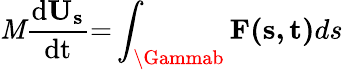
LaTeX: \mathit{M}\frac{{{\mathrm{{{d}}}{{\mathbf{{U}}}_{\mathbf{{s}}}}}}}{{{\mathrm{{{dt}}}}}}\mathrm{{{=}}}\int_{\Gammab}{{\mathbf{{F(s,t)}}}ds}